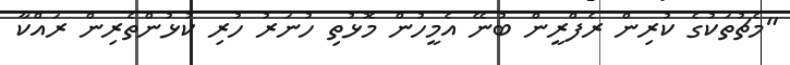
"މެޗުތަކުގެ ކުރިން ރެފްރީން ބުނޭ އެމީހުން މޮޅުތި ހުނަރު ހުރި ކުޅުންތެރިން ރައްކާ